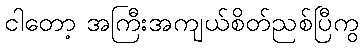
ငါတော့ အကြီးအကျယ်စိတ်ညစ်ပြီကွ